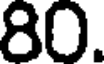
80.